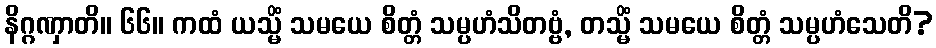
နိဂ္ဂဏှာတိ။ ၆၆။ ကထံ ယသ္မိံ သမယေ စိတ္တံ သမ္ပဟံသိတဗ္ဗံ, တသ္မိံ သမယေ စိတ္တံ သမ္ပဟံသေတိ?